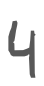
Text: 4
Cross-out: clean
Writing tool: digital_gray